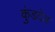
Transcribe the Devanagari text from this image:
कुंडदेव